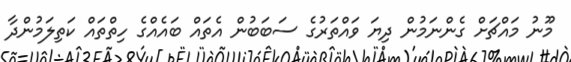
މޫނު މަައްޗަށް ގެންނަމުން ދިޔަ ވައްތަރުގެ ސަބަބުން އެތައް ބައެއްގެ ހިތްތައް ކަތިލަމުންދާ